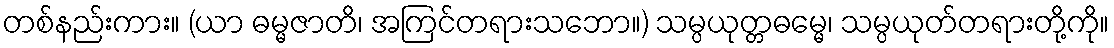
တစ်နည်းကား။ (ယာ ဓမ္မဇာတိ၊ အကြင်တရားသဘော။) သမ္ပယုတ္တဓမ္မေ၊ သမ္ပယုတ်တရားတို့ကို။